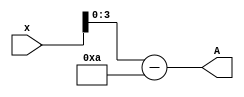
module subtract_10_5_bits(
	input [4:0]x,
	output [3:0]A);
		
		assign A = x - 10;
	
endmodule